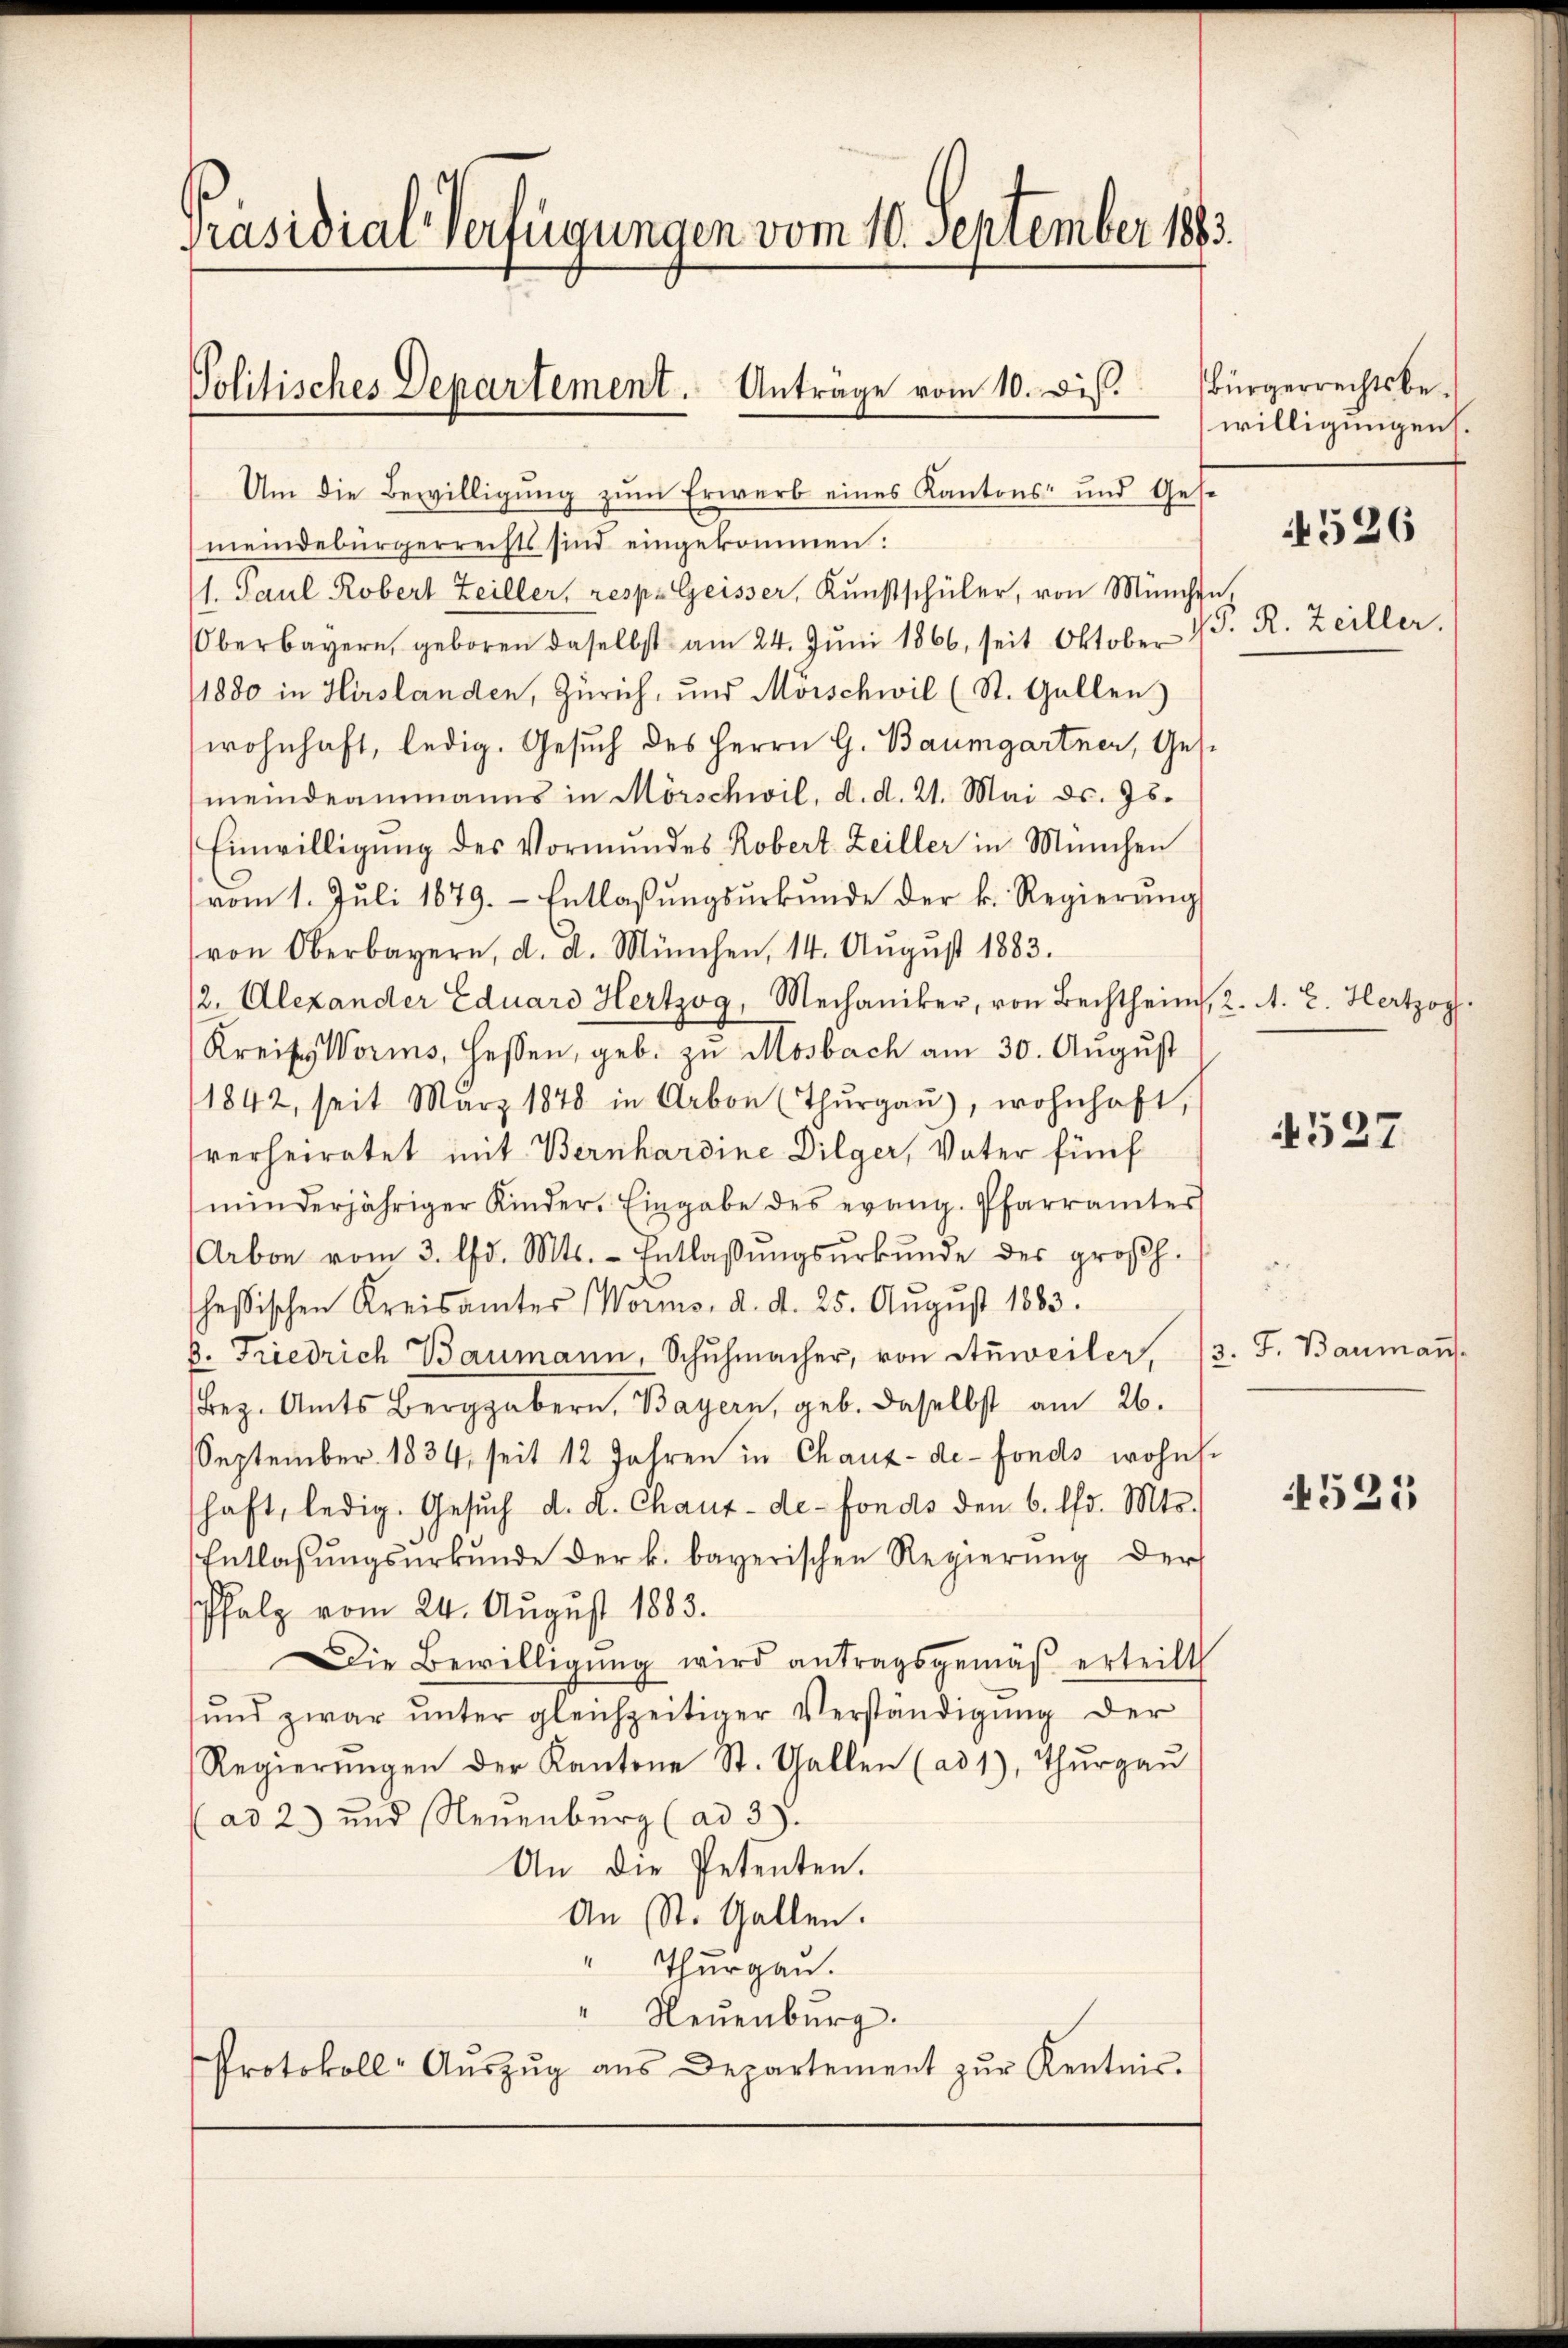
Präsidial-Verfügungen vom 10. September 1883.

Politisches Departement. Anträge vom 10. dis.
Um die Bewilligung zum Erwerb eines Kantons- und Gese

meindebürgerrechts sind eingekommen.
s. Paul Robert Zeiller, resp. Geisser, Kunstschüler, von München
Oberbayern, geboren daselbst am 24. Jŭni 1866, seit Oktober 1 S. R. Zeiller.
1880 in Hirslanden, Zürich, und Mörschwil (St. Gallen
wohnhaft, ledig. Gesuch des Herrn G. Baumgartner, Gesmeindeammanns in Mörschwil, d. d. 21. Mai ds. Jb.
Einwilligŭng des Vormundes Robert Zeiller in München
vom 1. Jŭli 1879. Entlassŭngsŭrkŭnde der k. Regierŭng
von Oberbayern, d. d. München, 14. Aŭgŭst 1883.
12. Alexander Eduard Herzog, Mechaniker, von Bechtheim, 2. A. E. Herzog
Kreises Worms, Hessen, geb. zŭ Mosbach am 30. Aŭgŭst
1842, seit März 1878 in Arbon (Thŭrgaŭ), wohnhaft,
verheiratet mit Bernhardine Dilger, Vater fünf
minderjähriger Kinder. Eingabe des evang. Pfarrämter
Arbon vom 3. d. Mts. - Entlassŭngsŭrkŭnde des großh.
hesischen Kreisamtes Worms, d. d. 25. Aŭgŭst 1883.
p. Friedrich Baumann, Schŭhmacher, von Anweiler, 13. J. Bauman
Bez. Amts Berggebern, Bayern, geb. daselbst am 26.
September 1834, seit 12 Jahren in Chaux-de-Fonds wohnt.
haft, ledig. Gesŭch d. d. Chaux-de-Fonds den 6. d. Mts.
Entlassungsurkunde der k. bayerischen Regierung der
schfalz vom 24. August 1883.
Die Bewilligŭng wird antragsgemäβ erteilt
sŭnd zwar ŭnter gleichzeitiger Verständigŭng der
Regierŭngen der Kantone St. Gallen (ad 1, Thŭrgaŭ
ad 2) und Neuenburg (ad 3).
An die Petenten.
An St. Gallen.
" Thurgau.
Neuenburg.
Protokoll- Aŭszŭg aŭs Departement zŭr Kentnis.

Bürgerrechtsbewilligungen.

4526

527

521